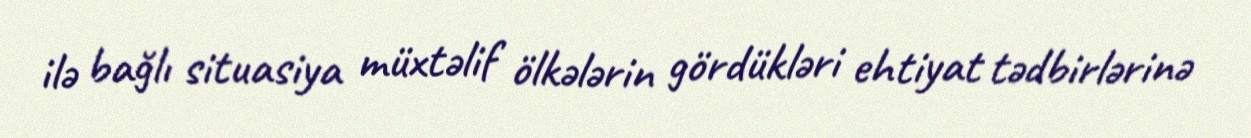
ilə bağlı situasiya müxtəlif ölkələrin gördükləri ehtiyat tədbirlərinə